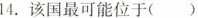
14.该国最可能位于()